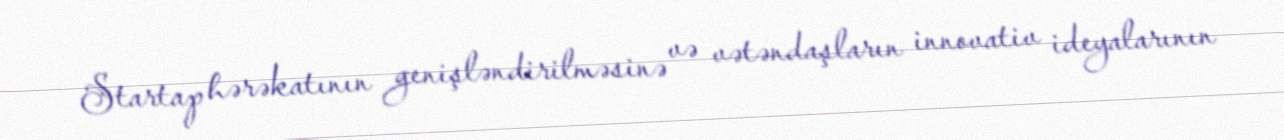
Startap hərəkatının genişləndirilməsinə və vətəndaşların innovativ ideyalarının